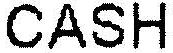
CASH